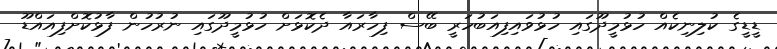
ޑީޑީގެ ކުލިނިކެއް ހުޅުމީދޫގައި ހުޅުވައިފިއަބުހަރީ ބޭސް ފިހާރައާ ދެކޮޅަށް ހުޅުމީދޫގައި ނުރުހުން ފާޅުކޮށްފިއައްޑޫ